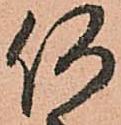
何